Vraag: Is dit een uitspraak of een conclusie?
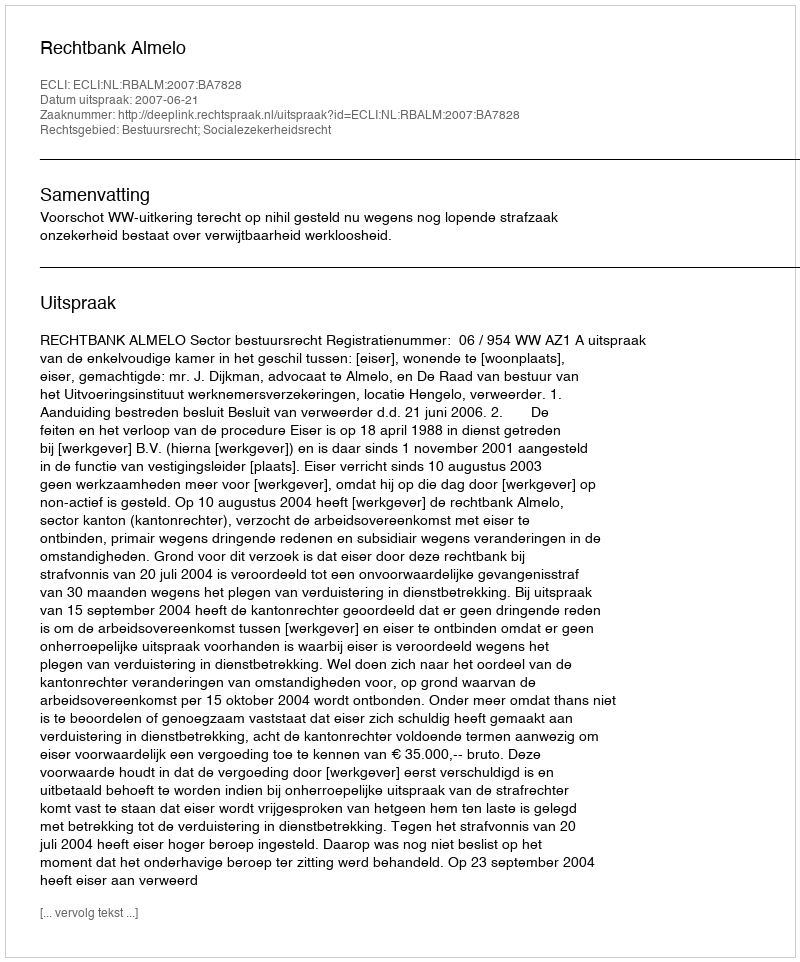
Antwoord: Uitspraak